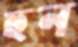
হুন